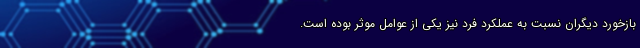
بازخورد دیگران نسبت به عملکرد فرد نیز یکی از عوامل موثر بوده است.